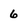
Character: 6